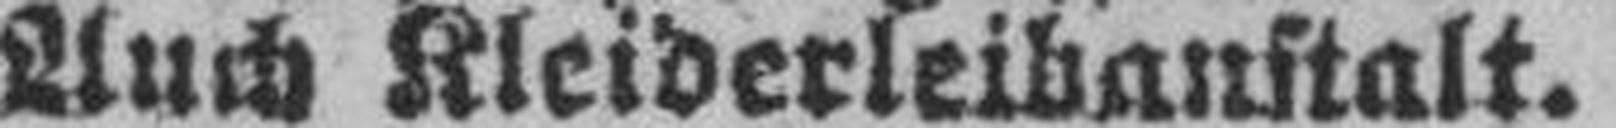
Auch Kleiderleibanstalt.